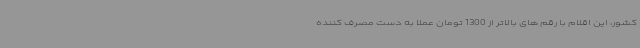
کشور، این اقلام با رقم های بالاتر از 1300 تومان عملا به دست مصرف کننده